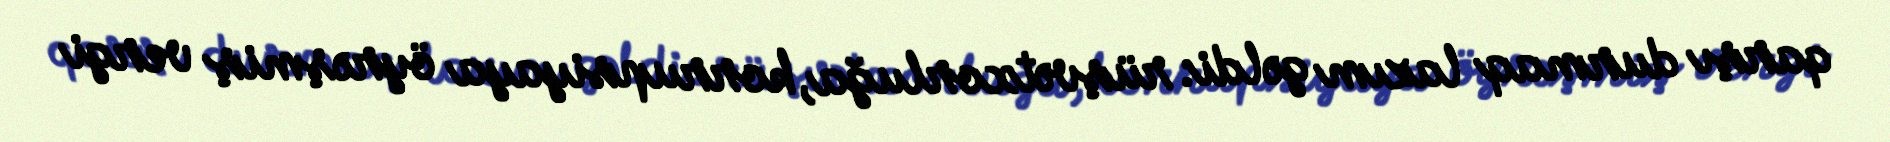
qarşı durmaq lazım gəldi: rüşvətxorluğa, korrupsiyaya öyrəşmiş vergi